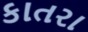
કાતરા